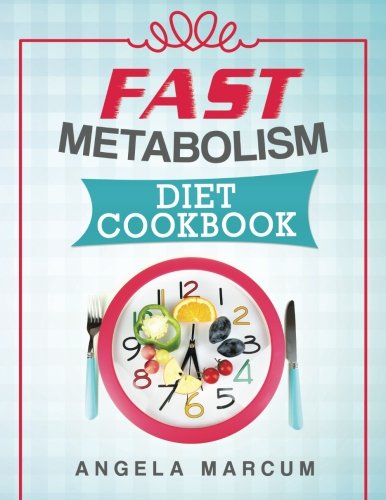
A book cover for Fast Metabolism Diet Cookbook: Healthy, Wholesome, and Delectable Fast Metabolism Diet Recipes to Slim Down and Burn Fat; Angela Marcum; Cookbooks, Food & Wine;